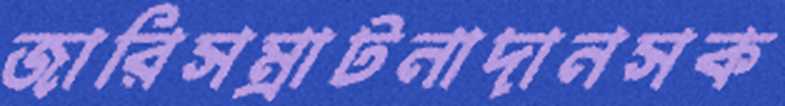
জারিসম্রাটনাদানসক